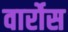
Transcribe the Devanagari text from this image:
वार्रोस